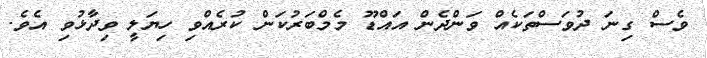
ވެސް ގިނަ ދުވަސްތަކެއް ވަންދެން އައްޑޫ މެމްބަރުކަން ކުރެއްވި ހިޔަލީ ވިދާޅުވި އެވެ.